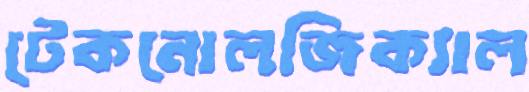
টেকনোলজিক্যাল